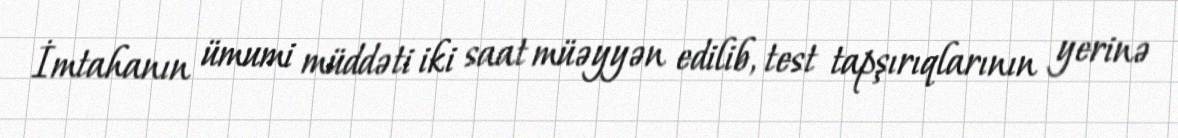
İmtahanın ümumi müddəti iki saat müəyyən edilib, test tapşırıqlarının yerinə